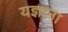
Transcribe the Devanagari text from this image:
यज्ञाना